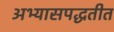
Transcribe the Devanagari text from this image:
अभ्यासपद्धतीत